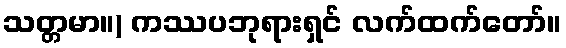
သတ္တမာ။) ကဿပဘုရားရှင် လက်ထက်တော်။